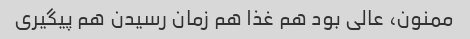
ممنون، عالی بود هم غذا هم زمان رسیدن هم پیگیری